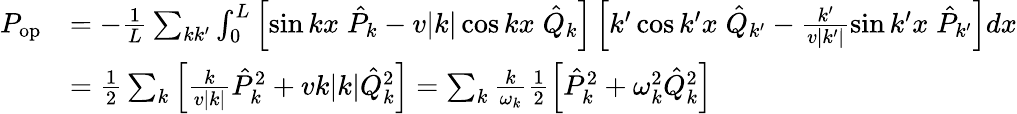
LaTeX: \begin{array}{rl}{P_{\mathrm{op}}}&{=-\frac{1}{L}\sum_{kk^{\prime}}\int_{0}^{L}\left[\sin kx\; \hat{P}_{k}-v|k|\cos kx\; \hat{Q}_{k}\right]\left[k^{\prime}\cos k^{\prime}x\; \hat{Q}_{k^{\prime}}-\frac{k^{\prime}}{v|k^{\prime}|}\sin k^{\prime}x\; \hat{P}_{k^{\prime}}\right]dx}\\ &{=\frac{1}{2}\sum_{k}\left[\frac{k}{v|k|}\hat{P}_{k}^{2}+vk|k|\hat{Q}_{k}^{2}\right]=\sum_{k}\frac{k}{\omega_{k}}\frac{1}{2}\left[\hat{P}_{k}^{2}+\omega_{k}^{2}\hat{Q}_{k}^{2}\right]}\end{array}